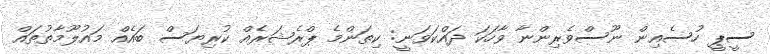
ސީޕީ ހުސެއިން ނޫސްވެރިންނާ ވާހަކަ ދައްކަވަނީ: ކިތަންމެ ޕްރެޝަރެއް ކުރިޔަސް ބައެއް މައުލޫމާތުތައް